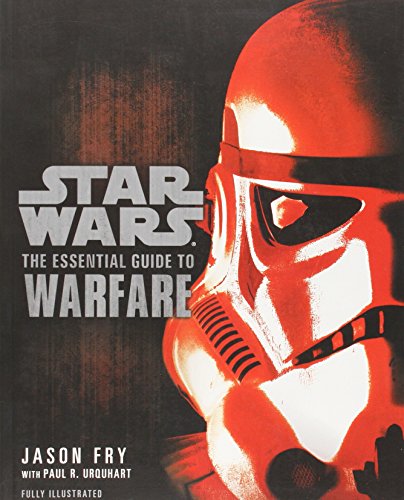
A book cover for The Essential Guide to Warfare (Star Wars) (Star Wars: Essential Guides); Jason Fry; Humor & Entertainment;